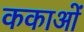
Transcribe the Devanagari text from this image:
ककाओं